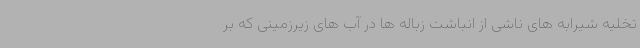
تخلیه شیرابه های ناشی از انباشت زباله ها در آب های زیرزمینی که بر